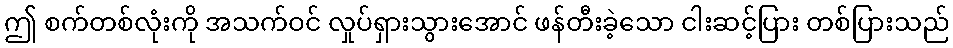
ဤ စက်တစ်လုံးကို အသက်ဝင် လှုပ်ရှားသွားအောင် ဖန်တီးခဲ့သော ငါးဆင့်ပြား တစ်ပြားသည်